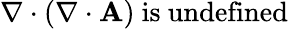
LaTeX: \nabla\cdot(\nabla\cdot\mathbf{A}){\mathrm{~is~undefined}}